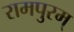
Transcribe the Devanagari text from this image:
रामपुरम्